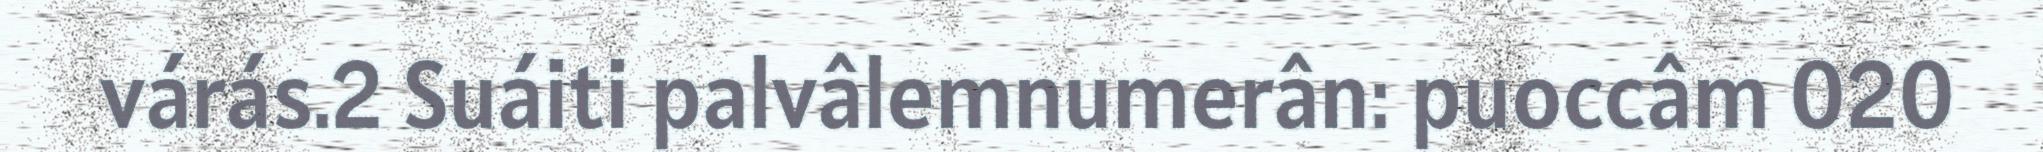
várás.2 Suáiti palvâlemnumerân: puoccâm 020